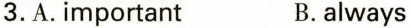
3.A.important B.always